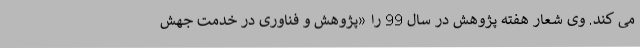
می کند. وی شعار هفته پژوهش در سال 99 را «پژوهش و فناوری در خدمت جهش